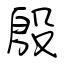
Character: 殷